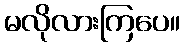
မလိုလားကြပေ။